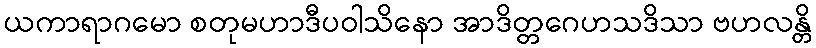
ယကာရာဂမော စတုမဟာဒီပဝါသိနော အာဒိတ္တဂေဟသဒိသာ ဗဟလန္တိ